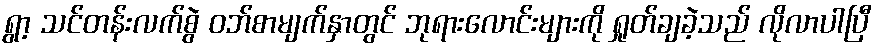
ရွာ့ သင်တန်းလက်စွဲ ဝဘ်စာမျက်နှာတွင် ဘုရားလောင်းများကို ရှုတ်ချခဲ့သည် လိုလာပါပြီ